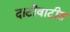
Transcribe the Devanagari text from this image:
दाटीवाटीत